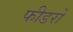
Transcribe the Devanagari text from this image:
फीडरों